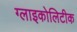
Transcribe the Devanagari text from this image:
ग्लाइकोलिटीक